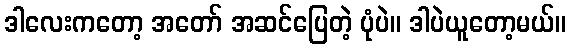
ဒါလေးကတော့ အတော် အဆင်ပြေတဲ့ ပုံပဲ။ ဒါပဲယူတော့မယ်။